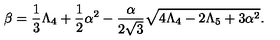
\beta = \frac { 1 } { 3 } \Lambda _ { 4 } + \frac { 1 } { 2 } \alpha ^ { 2 } - \frac { \alpha } { 2 \sqrt { 3 } } \sqrt { 4 \Lambda _ { 4 } - 2 \Lambda _ { 5 } + 3 \alpha ^ { 2 } } .